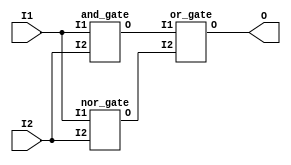

module xnor_gate(I1,I2,O);
	input I1,I2;
	output O;
        wire W1,W2;
	and_gate and1(
          .I1 (I1),
	  .I2 (I2),
	  .O (W1)
	  );
	nor_gate nor1(
          .I1 (I1),
	  .I2 (I2),
	  .O (W2)
	  );
        or_gate or1(
          .I1 (W1),
	  .I2 (W2),
	  .O (O)
	  );
        
endmodule

module nor_gate(I1,I2,O);
	input I1,I2;
	output O;
        wire W1,W2,W3;
	nand(W1,I1,I1);
        nand(W2,I2,I2);
        nand(W2,I2,I2);
	nand(W3,W1,W2);
        nand(O,W3,W3);
endmodule

module and_gate(I1,I2,O);
	input I1,I2;
	output O;
        wire W;
	nand(W,I1,I2);
        nand(O,W,W);
endmodule

module or_gate(I1,I2,O);
	input I1,I2;
	output O;
        wire W1,W2;
	nand(W1,I1,I1);
        nand(W2,I2,I2);
        nand(W2,I2,I2);
	nand(O,W1,W2);
endmodule